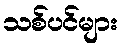
သစ်ပင်များ